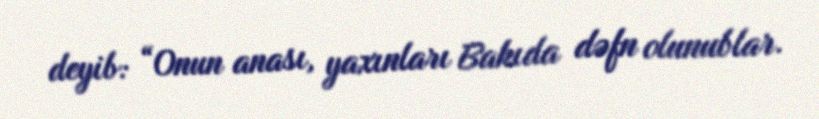
deyib: “Onun anası, yaxınları Bakıda dəfn olunublar.